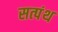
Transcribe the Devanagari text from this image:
सत्पंथ